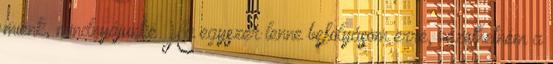
miénk, mindnyájunké Ha egyszer lenne befolyásom erre, vezethetném a